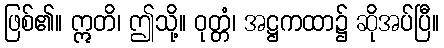
ဖြစ်၏။ ဣတိ၊ ဤသို့။ ဝုတ္တံ၊ အဋ္ဌကထာ၌ ဆိုအပ်ပြီ။